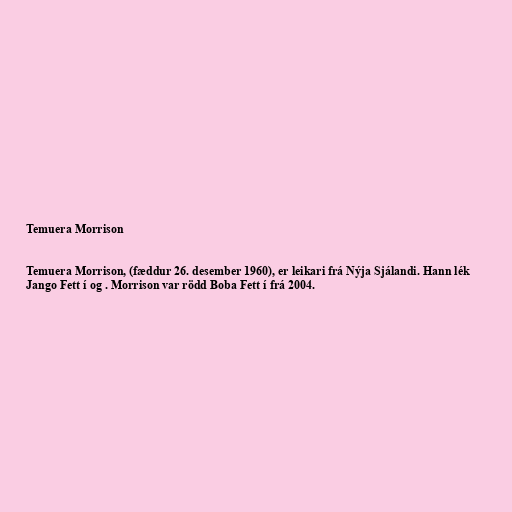
Temuera Morrison

Temuera Morrison, (fæddur 26. desember 1960), er leikari frá Nýja Sjálandi. Hann lék
Jango Fett í og . Morrison var rödd Boba Fett í frá 2004.